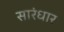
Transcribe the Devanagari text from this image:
सारंधार